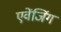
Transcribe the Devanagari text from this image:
एवेंजिंग